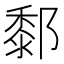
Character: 𨞃